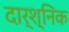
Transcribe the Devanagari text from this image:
दार्श्निक